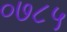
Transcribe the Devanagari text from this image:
०७८५